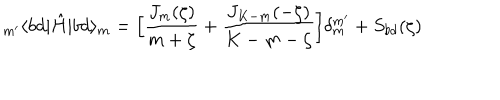
_ { m ^ { \prime } } \langle b d | \hat { H } | b d \rangle _ { m } = \Big [ \frac { J _ { m } ( \zeta ) } { m + \zeta } + \frac { J _ { K - m } ( - \zeta ) } { K - m - \zeta } \Big ] \delta _ { m } ^ { m ^ { \prime } } + S _ { b d } ( \zeta )